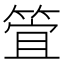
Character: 𮅞